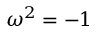
\omega ^ { 2 } = - 1